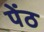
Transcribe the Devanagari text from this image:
पेंठ